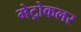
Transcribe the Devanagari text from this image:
मेट्रोकलर